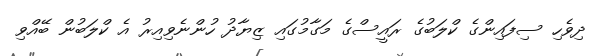
ދިވެހި ސިފައިންގެ ކްލަބުގެ ރައީސްގެ މަގާމުގައި ޒިޔާދު ހުންނެވިއިރު އެ ކްލަބުން ބޭއްވި